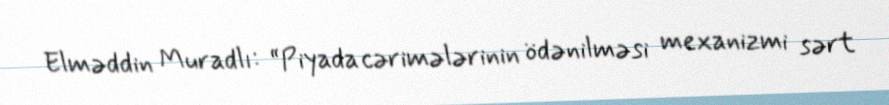
Elməddin Muradlı: “Piyada cərimələrinin ödənilməsi mexanizmi sərt